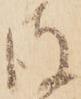
彼